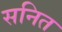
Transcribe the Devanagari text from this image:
सनित